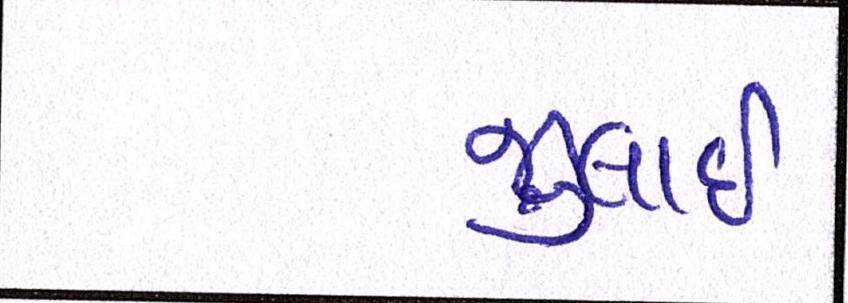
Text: જુલાઇ